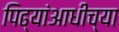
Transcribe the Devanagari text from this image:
पिढ्यांआधीच्या